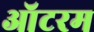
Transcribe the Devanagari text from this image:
ऑटरम